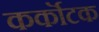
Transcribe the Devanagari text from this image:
कर्कॊटक